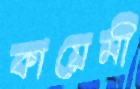
কায়েমী